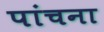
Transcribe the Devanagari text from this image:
पांचना